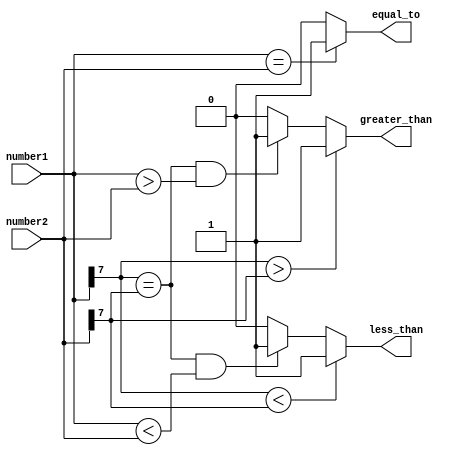
module signed_magnitude_comparator (
    input signed [7:0] number1,
    input signed [7:0] number2,
    output greater_than,
    output equal_to,
    output less_than
);

assign greater_than = (number1[7] > number2[7]) ? 1'b1 :
                      ((number1[7] == number2[7]) && (number1 > number2)) ? 1'b1 :
                      1'b0;

assign equal_to = (number1 == number2) ? 1'b1 : 1'b0;

assign less_than = (number1[7] < number2[7]) ? 1'b1 :
                  ((number1[7] == number2[7]) && (number1 < number2)) ? 1'b1 :
                  1'b0;

endmodule